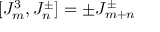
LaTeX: [ J _ { m } ^ { 3 } , J _ { n } ^ { \pm } ] = \pm J _ { m + n } ^ { \pm }